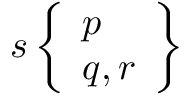
s \left\{ { \begin{array} { l } { p } \\ { q , r } \end{array} } \right\}